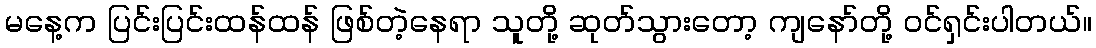
မနေ့က ပြင်းပြင်းထန်ထန် ဖြစ်တဲ့နေရာ သူတို့ ဆုတ်သွားတော့ ကျနော်တို့ ဝင်ရှင်းပါတယ်။